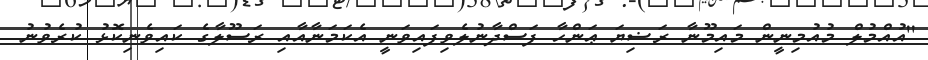
''އުއްމުލް މުއުމިނީން މައިމޫނާ ރަޟިޔަ ޢަންހާ ފަސްދާނުލެވިފައިވަނީ އެކަމަނާއާއި ރަސޫލާގެ ކައިވެނިކޮޅު ކުރެވުނު